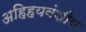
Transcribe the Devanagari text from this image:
अहिहयवंशीय